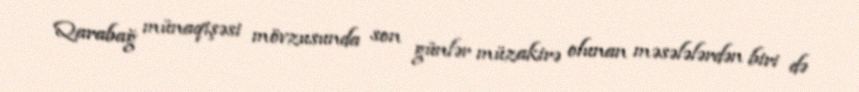
Qarabağ münaqişəsi mövzusunda son günlər müzakirə olunan məsələlərdən biri də